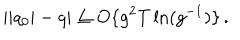
LaTeX: | | q _ { 0 } | - q | \leq O \{ g ^ { 2 } T \ln ( g ^ { - 1 } ) \} \, .